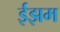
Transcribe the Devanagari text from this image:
ईझम